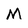
Character: M